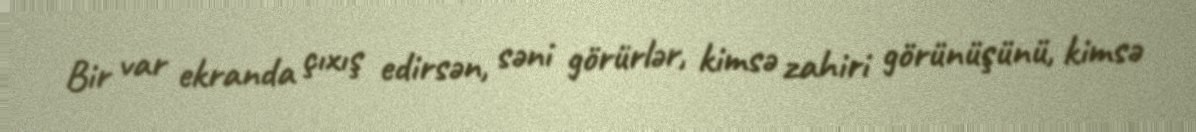
Bir var ekranda çıxış edirsən, səni görürlər, kimsə zahiri görünüşünü, kimsə